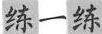
练一练